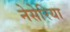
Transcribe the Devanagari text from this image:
नेसेरिया